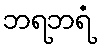
ဘရဘရံ